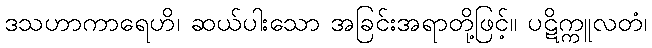
ဒသဟာကာရေဟိ၊ ဆယ်ပါးသော အခြင်းအရာတို့ဖြင့်။ ပဋိက္ကူလတံ၊